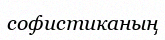
софистиканың